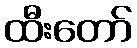
ထီးတော်